Report on vaccination in Madras 1904-1921 - 1904-1921
Year: 1904
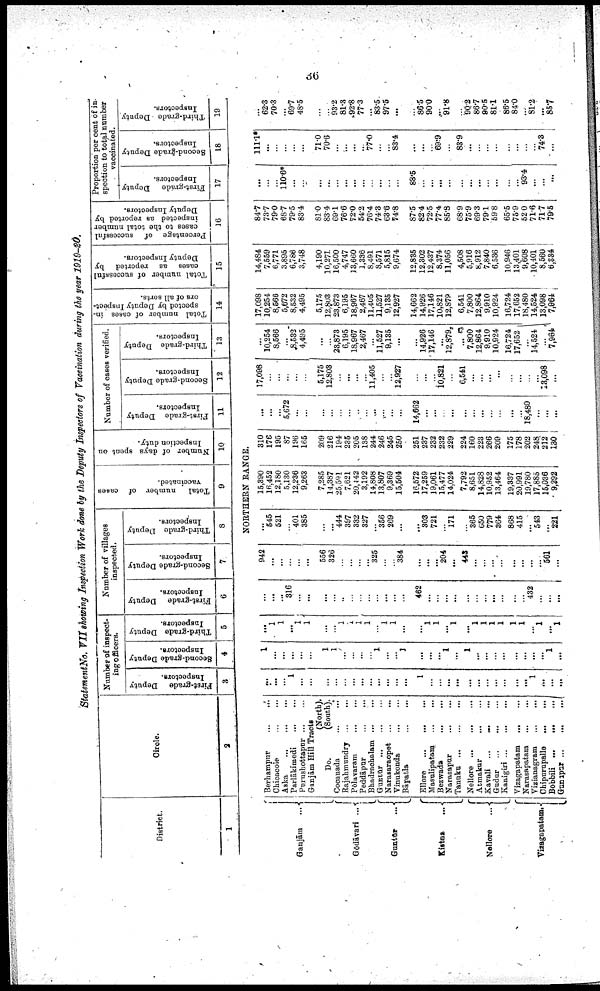
36
StatementNo. VII showing Inspection Work done by the Deputy Inspectors of Vaccination during the year 1919-20.
District.
1
Circle.
2
Number of inspect
ing officers.
First-grade
Deputy
Inspectors.
3
Second-grade Deputy
Inspectors.
4
Third-grade Deputy
Inspectors.
5
Number of villages
inspected.
First-grade Deputy
Inspectors.
6
Second-grade Deputy
Inspectors.
7
Third-grade Deputy
Inspectors.
3
Total
number of cases
vaccinated.
9
Number of days spent on
Inspection duty.
10
Number of cases verified.
First-grade Deputy
Inspectors.
11
Second-grade Deputy
Inspectors.
12
Third-grade Deputy
Inspectors.
13
Total number of cases in-
spected by Deputy Inspect
ors of all sorts.
14
Total number of successful
cases as reported by
Deputy Inspectors.
15
Percentage of successful
cases to the total number
inspected as reported by
Deputy Inspectors.
16
Proportion per cent of in
spection to total number
vaccinated.
First-grade Deputy
Inspectors.
17
Second-grade Deputy
Inspectors.
18
Third-grade Deputy
Inspectors.
19
NORTHERN RANGE.
Ganjām
...
Gōdāvari ...
Guntūr
...
Kistna
...
Nellore
...
Vizagapatam.
Berhampur... ... ...
Chicacole... ...
... ...
Aska... ...
...
...
Parlākimedi... ...
...
Purnshottapur... ...
Ganjām Hill Tracts
(North).
Do.
(South).
Cocanada... ...
Rajahmundry ...
...
Pōlavaram... ...
...
Peddāpar... ...
Bhadrachalam... ...
Guntūr... ...
Narasaraopet... ... ...
Vinukonda... ...
...
Bāpatla... ... ...
Ellore...
...
...
Masulipatam...
...
Bezwada... ...
Narasapur... ...
...
Tanuku...
...
...
Nellore... ... ...
Atmakur... ... ...
Kavali... ... ...
Gudur...
...
Kanigiri... ... ... ...
Vizagapatam... ...
...
Narasapatam... ... ... ...
Vizianagram... . . . ...
Chipurupalle...
...
Bobbili... ...
Gunapur... ... ...
...
...
...
1
...
...
...
...
...
...
...
...
...
...
...
...
1
...
...
...
...
...
...
...
...
...
...
...
1
...
...
...
1
...
...
...
...
...
1
1
...
...
...
...
l
...
...
1
...
...
...
1
...
1
...
...
...
...
...
...
...
...
1
...
...
1
1
...
1
1
...
...
1
1
1
1
...
1
1
...
...
1
1
...
1
...
1
1
1
1
1
1
...
1
...
1
...
...
...
316
...
...
...
...
..
...
...
...
...
...
...
...
462
...
...
...
...
...
...
...
...
...
...
...
432
...
...
...
942
...
...
...
...
...
556
326
...
...
...
...
325
...
...
384
...
...
...
204
...
443
...
...
...
...
...
...
...
...
561
...
...
545
521
...
401
385
...
...
444
397
332
327
...
356
269
...
...
303
721
...
171
...
365
650
779
364
868
415
...
543
...
221
15,390
16,452
12,180
5,130
12,236
9,263
7,285
14,387
25,591
7,621
20,442
3,192
14,808
13,807
9,369
15,504
16,572
17,259
19,061
15,477
14,024
7,792
8,651
14,828
10,952
13,464
19,337
20,991
19,780
17,885
15,036
9,292
310
176
195
87
196
165
209
216
194
235
205
138
244
246
245
250
251
237
232
232
229
224
160
223
266
209
175
178
202
248
212
130
...
...
...
5,672
...
...
...
...
...
...
...
...
...
...
...
...
14,662
...
...
...
...
...
...
...
...
...
...
...
18,480
...
...
...
17,098
...
...
...
...
...
5,175
12,803
...
...
...
...
11,405
...
...
12,927
...
...
...
10,821
...
6,541
...
...
...
...
...
...
...
...
13,098
...
...
10,254
8,566
...
8,532
4,495
...
...
23,873
6,195
18,967
2,467
...
11,527
9,135
...
...
14,926
17,146
...
12,879
...
7,800
12,864
9,910
10,924
16,724
17,652
...
14,524
...
7,964
17,098
10,254
8,566
5,672
8,532
4,495
5,175
12,803
23,873
6,195
18,967
2,467
11,405
11,527
9,135
12,927
14,662
14,926
17,146
10,821
12,879
6,541
7,800
12,864
9,910
10,924
16,724
17,652
18,480
14,524
13,098
7,964
14,484
7,559
6,771
3,895
6,786
3,748
4,190
10,271
16,500
4,747
13,660
1,336
8,491
8,571
5,815
9,674
12,835
12,302
12,437
8,374
11,056
4,508
5,916
8,912
7,840
6,536
10,946
13,401
9,608
10,401
8,560
6,384
84.7
73.7
79.0
68.7
79.5
83.4
81.0
83.4
69.1
76.6
72.0
54.2
76.4
74.3
63.6
74.8
87.5
82.4
72.5
77.4
85.8
68.9
75.9
69.3
79.1
59.8
65.5
75.9
52.0
71.6
717
79.5
...
...
...
110.6*
...
...
...
...
...
...
...
...
...
...
...
...
88.5
...
...
...
...
...
...
...
...
...
...
...
93.4
...
...
...
111.1*
...
...
...
...
...
71.0
70.6
...
...
...
...
77.0
...
...
83.4
...
...
...
69.9
...
83.9
...
...
...
...
...
...
...
...
74.3
...
...
62.3
70.3
...
69.7
48.5
...
...
93.2
81.3
92.8
77.3
...
83.5
97.6
...
...
86.5
90.0
...
91.8
...
90.2
86.7
90.5
81.1
86.5
84.0
...
81.2
...
85.7